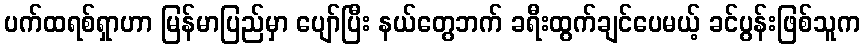
ပက်ထရစ်ရှာဟာ မြန်မာပြည်မှာ ပျော်ပြီး နယ်တွေဘက် ခရီးထွက်ချင်ပေမယ့် ခင်ပွန်းဖြစ်သူက